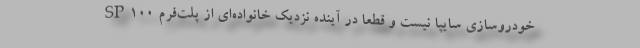
خودروسازي سايپا نيست و قطعا در آينده نزديك خانواده‌ای از پلت‌فرم SP100